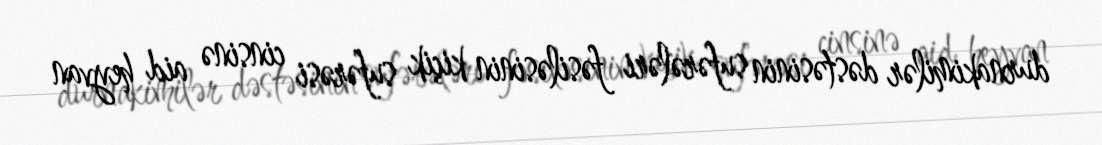
durnakimilər dəstəsinin sufərələri fəsiləsinin kiçik sufərəsi cinsinə aid heyvan